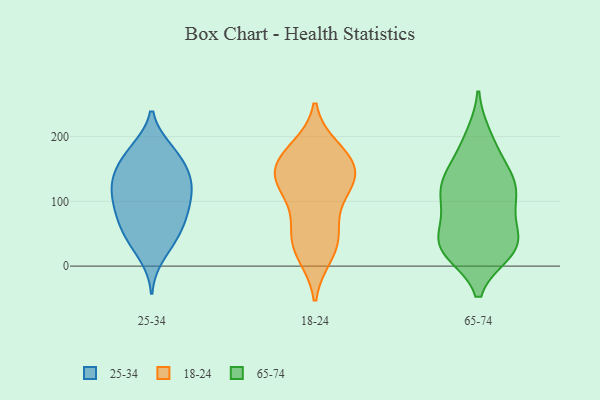
{"axis": {"x": "LTV (USD)", "y": "Value"}, "legend": ["18-24", "25-34", "65-74"], "data": [{"x": "", "y": 119, "type": "25-34"}, {"x": "", "y": 134, "type": "25-34"}, {"x": "", "y": 37, "type": "25-34"}, {"x": "", "y": 178, "type": "25-34"}, {"x": "", "y": 70, "type": "25-34"}, {"x": "", "y": 105, "type": "25-34"}, {"x": "", "y": 80, "type": "25-34"}, {"x": "", "y": 87, "type": "25-34"}, {"x": "", "y": 179, "type": "25-34"}, {"x": "", "y": 145, "type": "25-34"}, {"x": "", "y": 143, "type": "25-34"}, {"x": "", "y": 43, "type": "25-34"}, {"x": "", "y": 107, "type": "25-34"}, {"x": "", "y": 51, "type": "25-34"}, {"x": "", "y": 15, "type": "25-34"}, {"x": "", "y": 108, "type": "25-34"}, {"x": "", "y": 134, "type": "25-34"}, {"x": "", "y": 181, "type": "25-34"}, {"x": "", "y": 70, "type": "25-34"}, {"x": "", "y": 154, "type": "25-34"}, {"x": "", "y": 166, "type": "18-24"}, {"x": "", "y": 63, "type": "18-24"}, {"x": "", "y": 129, "type": "18-24"}, {"x": "", "y": 47, "type": "18-24"}, {"x": "", "y": 20, "type": "18-24"}, {"x": "", "y": 47, "type": "18-24"}, {"x": "", "y": 152, "type": "18-24"}, {"x": "", "y": 129, "type": "18-24"}, {"x": "", "y": 181, "type": "18-24"}, {"x": "", "y": 106, "type": "18-24"}, {"x": "", "y": 137, "type": "18-24"}, {"x": "", "y": 158, "type": "18-24"}, {"x": "", "y": 17, "type": "18-24"}, {"x": "", "y": 123, "type": "18-24"}, {"x": "", "y": 176, "type": "18-24"}, {"x": "", "y": 132, "type": "65-74"}, {"x": "", "y": 131, "type": "65-74"}, {"x": "", "y": 105, "type": "65-74"}, {"x": "", "y": 156, "type": "65-74"}, {"x": "", "y": 69, "type": "65-74"}, {"x": "", "y": 124, "type": "65-74"}, {"x": "", "y": 22, "type": "65-74"}, {"x": "", "y": 46, "type": "65-74"}, {"x": "", "y": 131, "type": "65-74"}, {"x": "", "y": 27, "type": "65-74"}, {"x": "", "y": 28, "type": "65-74"}, {"x": "", "y": 200, "type": "65-74"}, {"x": "", "y": 189, "type": "65-74"}, {"x": "", "y": 36, "type": "65-74"}, {"x": "", "y": 103, "type": "65-74"}, {"x": "", "y": 89, "type": "65-74"}, {"x": "", "y": 30, "type": "65-74"}, {"x": "", "y": 27, "type": "65-74"}]}